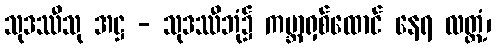
သုဒဿီသု အဋ္ဌ - သုဒဿီဘုံ၌ ကမ္ဘာရှစ်ထောင် နေရ လတ္တံ့၊